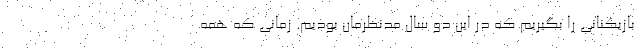
بازیکنانی را بگیریم که در این دو سال مدنظرمان بودیم. زمانی که همه